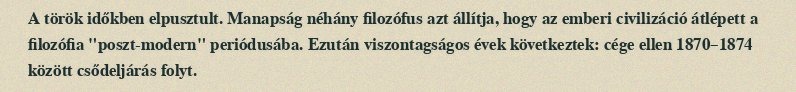
A török időkben elpusztult. Manapság néhány filozófus azt állítja, hogy az emberi civilizáció átlépett a filozófia "poszt-modern" periódusába. Ezután viszontagságos évek következtek: cége ellen 1870–1874 között csődeljárás folyt.